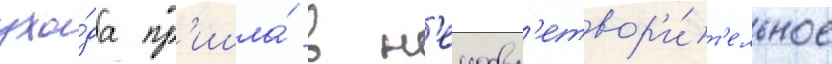
ухо́да пр'ишла́ в н'еудовл'етвор'и́т'ельное